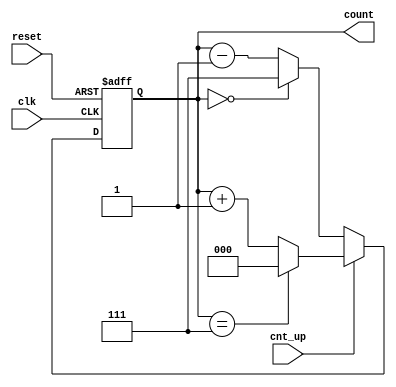
module up_down_counter (
    input wire clk,          // Asynchronous clock input
    input wire cnt_up,      // Control signal for counting direction
    input wire reset,       // Asynchronous active-high reset signal
    output reg [2:0] count  // 3-bit output representing the current count value
);

    // Maximum count value for a 3-bit counter is 7
    parameter MAX_COUNT = 3'b111; // 7 in binary
    parameter MIN_COUNT = 3'b000;  // 0 in binary

    // Asynchronous reset and counting logic
    always @(posedge clk or posedge reset) begin
        if (reset) begin
            count <= MIN_COUNT; // Reset count to 0
        end else if (cnt_up) begin
            if (count == MAX_COUNT) begin
                count <= MIN_COUNT; // Wrap around to 0
            end else begin
                count <= count + 1; // Increment count
            end
        end else begin
            if (count == MIN_COUNT) begin
                count <= MAX_COUNT; // Wrap around to max value (7)
            end else begin
                count <= count - 1; // Decrement count
            end
        end
    end

endmodule